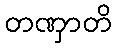
တဏှာတိ